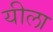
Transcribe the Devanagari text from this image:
यीला